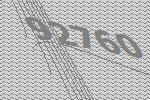
92760